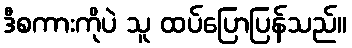
ဒီစကားကိုပဲ သူ ထပ်ပြောပြန်သည်။